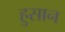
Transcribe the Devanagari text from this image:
हुसान